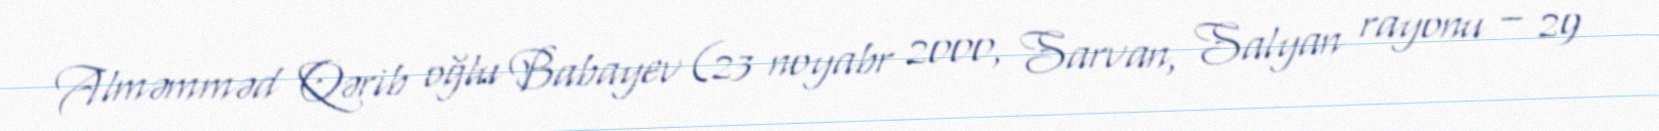
Alməmməd Qərib oğlu Babayev (23 noyabr 2000, Sarvan, Salyan rayonu – 29